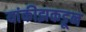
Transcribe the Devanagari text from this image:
यांकीझकडून